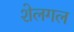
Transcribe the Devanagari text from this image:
शेलगल